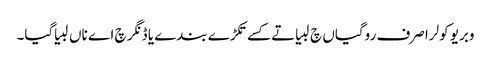
وبریو کولرا صرف روگیاں چ لبیا تے کسے تکڑے بندے یا ڈنگر چ اے ناں لبیا گیا۔